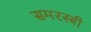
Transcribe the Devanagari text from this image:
समरस्बी